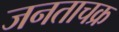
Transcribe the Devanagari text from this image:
जनताचक्र